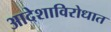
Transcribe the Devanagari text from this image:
आदेशाविरोधात